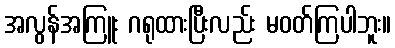
အလွန်အကြူး ဂရုထားပြီးလည်း မဝတ်ကြပါဘူး။